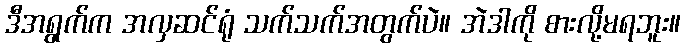
ဒီအရွက်က အလှဆင်ရုံ သက်သက်အတွက်ပဲ။ အဲဒါကို စားလို့မရဘူး။